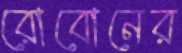
রোবোনের